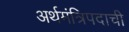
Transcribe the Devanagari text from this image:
अर्थमंत्रिपदाची